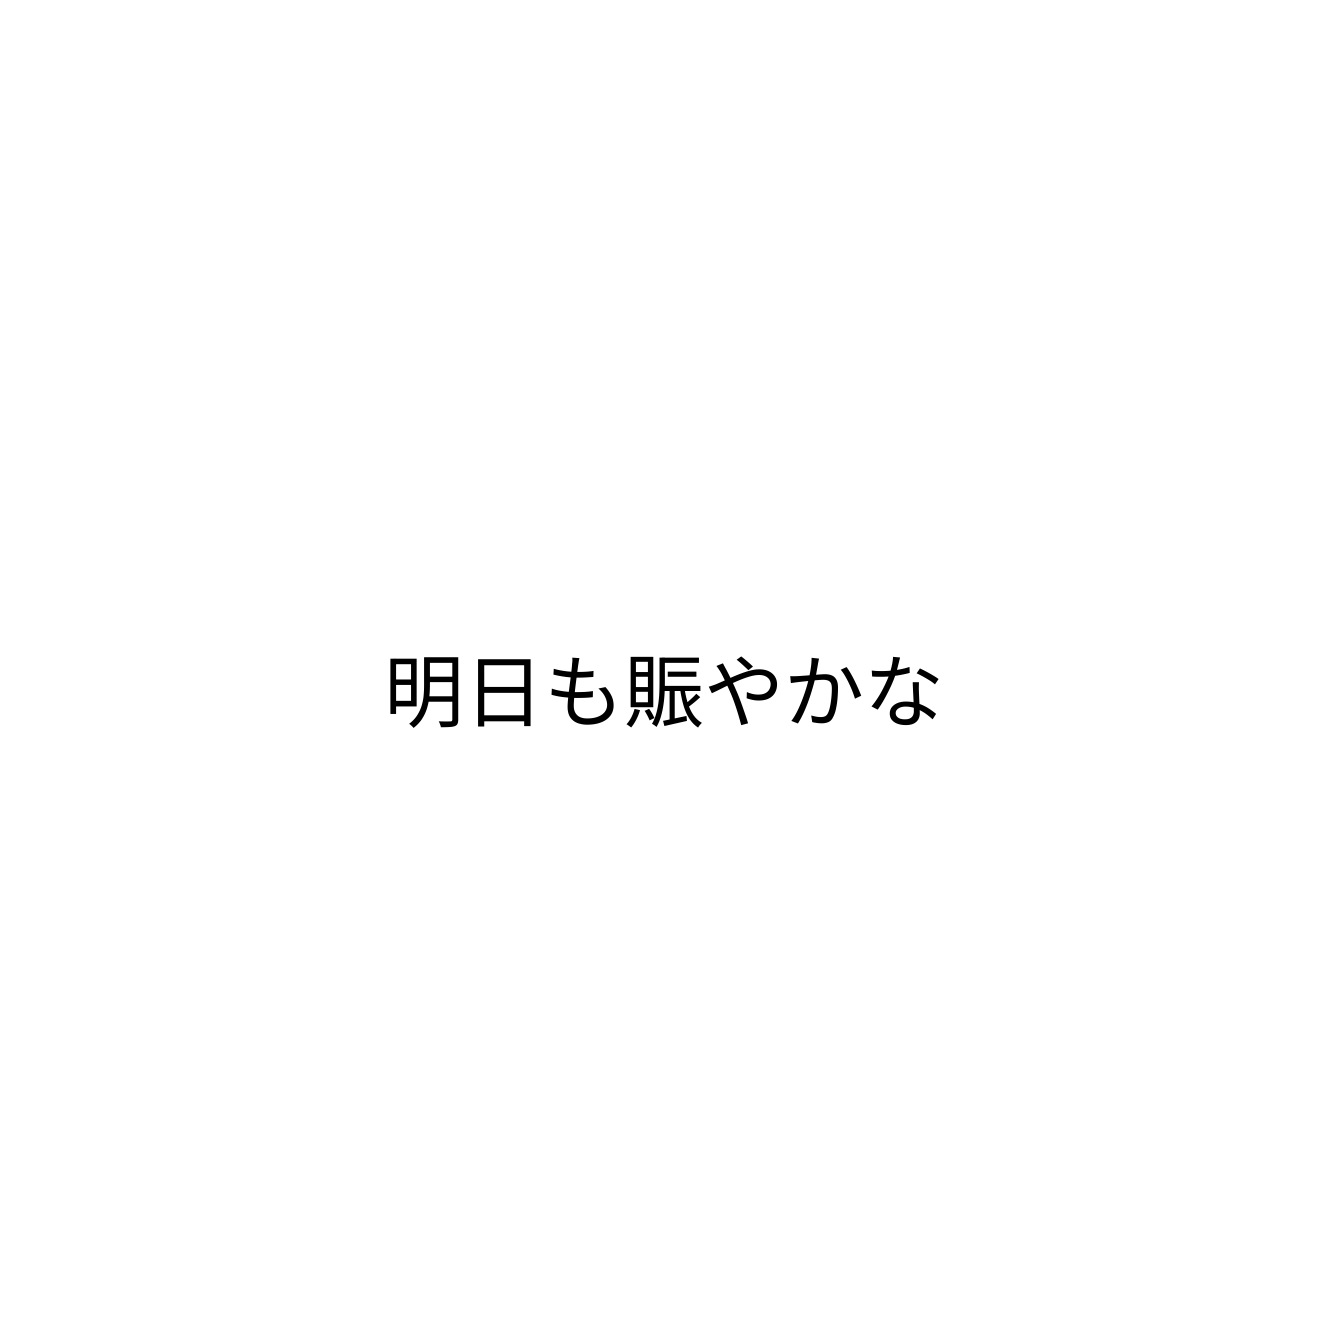
明日も賑やかな